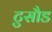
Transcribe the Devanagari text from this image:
टुसौड